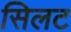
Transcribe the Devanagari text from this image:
सिलट